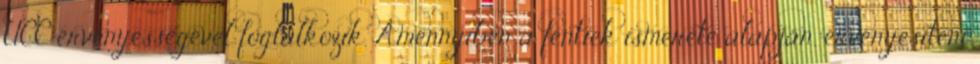
UCC érvényességével foglalkozik. Amennyiben a fentiek ismerete alapján, érvényesíteni